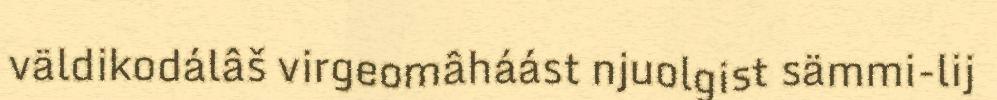
väldikodálâš virgeomâháást njuolgist sämmi-lij